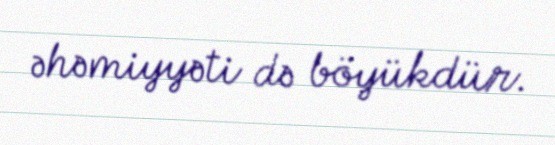
əhəmiyyəti də böyükdür.